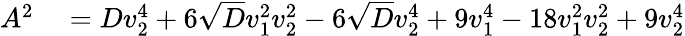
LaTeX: \begin{array}{rl}{A^{2}}&{{}=Dv_{2}^{4}+6\sqrt{D}v_{1}^{2}v_{2}^{2}-6\sqrt{D}v_{2}^{4}+9v_{1}^{4}-18v_{1}^{2}v_{2}^{2}+9v_{2}^{4}}\end{array}